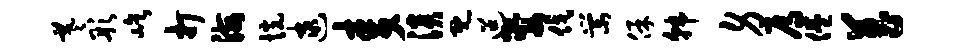
羲彤屹打海恍逮麦淡既迢娶伐棠保韩身焉倦菖